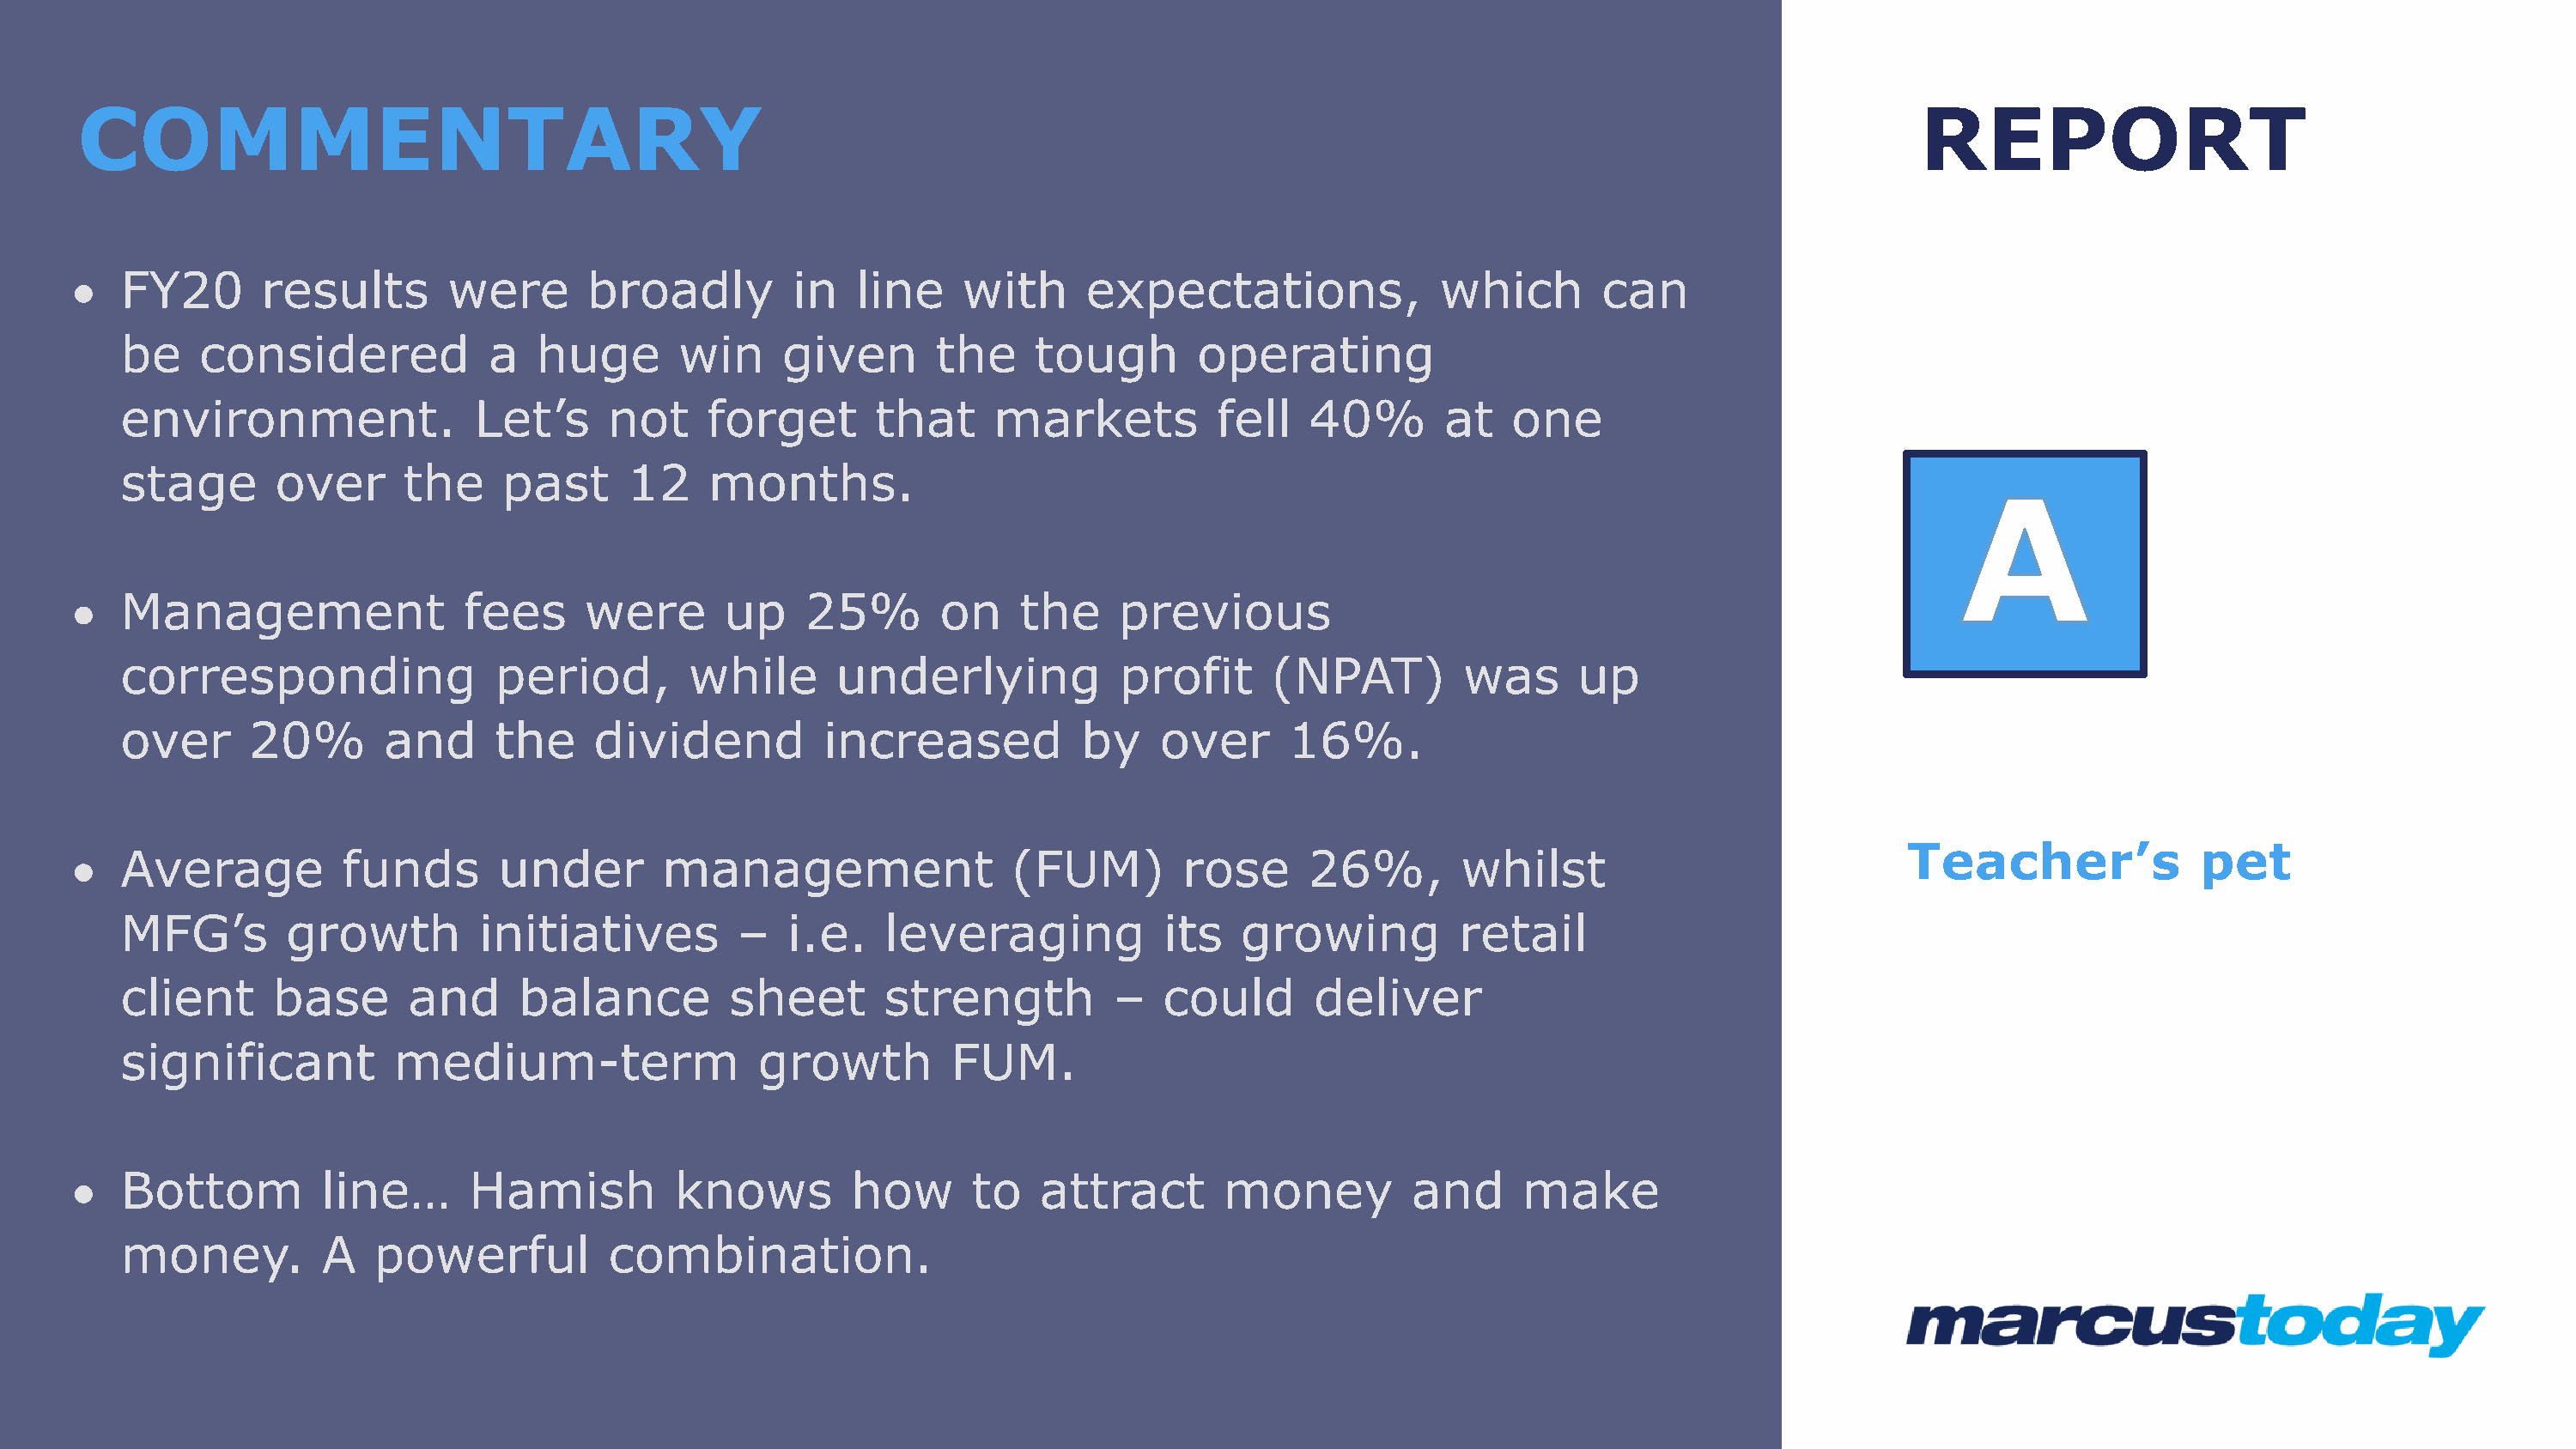
COMMENTARY                                                                                                                                    REPORT
 •  FY20       results        were      broadly         in   line    with      expectations,              which       can
 be    considered             a  huge       win     given       the     tough       operating
 environment.                Let’s     not     forget      that      markets          fell   40%       at    one
 stage       over      the     past     12     months.
 •  Management                 fees     were       up    25%       on     the    previous
 corresponding                period,        while      underlying            profit      (NPAT)         was      up
 over      20%        and     the     dividend         increased           by    over      16%.
 Teacher’s              pet
 •  Average          funds       under        management                 (FUM)        rose      26%,        whilst
 MFG’s        growth         initiatives         –   i.e.   leveraging            its   growing         retail
 client      base      and      balance         sheet       strength          –   could      deliver
 significant          medium-term                 growth         FUM.
 •  Bottom          line…      Hamish          knows         how      to   attract       money          and     make
 money.          A   powerful          combination.